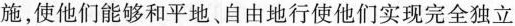
施，使他们能够和平地、自由地行使他们实现完全独立